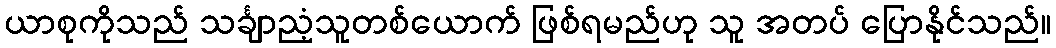
ယာစုကိုသည် သင်္ချာညံ့သူတစ်ယောက် ဖြစ်ရမည်ဟု သူ အတပ် ပြောနိုင်သည်။